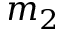
m _ { 2 }